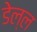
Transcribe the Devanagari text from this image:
डेल्ल